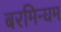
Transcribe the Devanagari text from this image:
बरमिन्घम